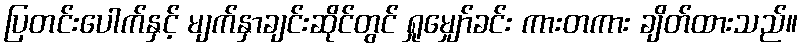
ပြတင်းပေါက်နှင့် မျက်နှာချင်းဆိုင်တွင် ရှုမျှော်ခင်း ကားတကား ချိတ်ထားသည်။